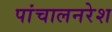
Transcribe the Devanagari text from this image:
पांचालनरेश